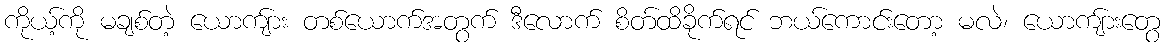
ကိုယ့်ကို မချစ်တဲ့ ယောကျ်ား တစ်ယောက်အတွက် ဒီလောက် စိတ်ထိခိုက်ရင် ဘယ်ကောင်းတော့ မလဲ၊ ယောကျ်ားတွေ